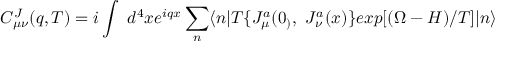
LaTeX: C _ { \mu \nu } ^ { J } ( q , T ) = i \int ~ d ^ { 4 } x e ^ { i q x } \sum _ { n } \langle n | T \{ J _ { \mu } ^ { a } ( 0 _ { ) } , ~ J _ { \nu } ^ { a } ( x ) \} e x p [ ( \Omega - H ) / T ] | n \rangle